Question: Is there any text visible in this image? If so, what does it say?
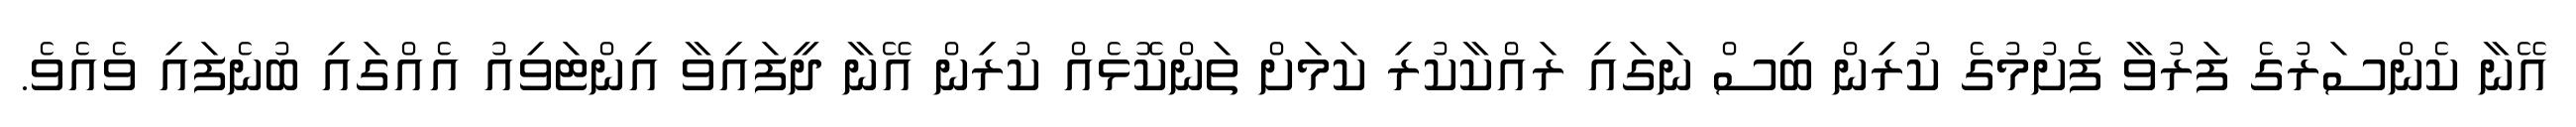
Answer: އޭނާ ކެންސަރުގެ ފަރުވާ ފެށުމުގެ ކުރިން ބިސް ނަގައި ރައްކާކުރި ކަމަށް ތަންކޮޅެއް ކުރިން އޭނާ ދީފައިވާ އިންޓަވިއު އެއްގައި ބުނެފައި ވެއެވެ.